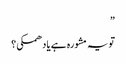
”
تو یہ مشورہ ہے یا دھمکی؟